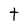
Character: t